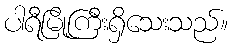
ပါရီမြို့ကြီးရှိသေးသည်။